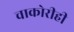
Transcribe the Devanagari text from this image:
चाकोरीही